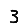
Digit: 3